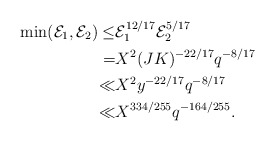
\begin{align*}\min(\mathcal{E}_1,\mathcal{E}_2)\leq& \mathcal{E}_1^{12/17}\mathcal{E}_2^{5/17}\\=&X^2(JK)^{-22/17}q^{-8/17}\\\ll& X^2y^{-22/17}q^{-8/17}\\\ll& X^{334/255}q^{-164/255}.\end{align*}